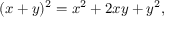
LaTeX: ( x + y ) ^ { 2 } = x ^ { 2 } + 2 x y + y ^ { 2 } ,